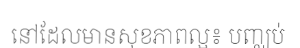
នៅដែលមានសុខភាពល្អ៖ បញ្ឈប់